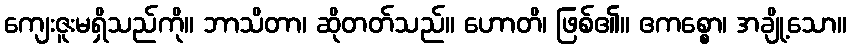
ကျေးဇူးမရှိသည်ကို။ ဘာသိတာ၊ ဆိုတတ်သည်။ ဟောတိ၊ ဖြစ်၏။ ဧကစ္စော၊ အချို့သော။